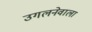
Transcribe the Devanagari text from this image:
उगलनेवाला